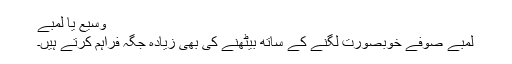
وسیع یا لمبے
لمبے صوفے خوبصورت لگنے کے ساتھ بیٹھنے کی بھی زیادہ جگہ فراہم کرتے ہیں۔